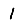
Digit: 1